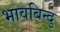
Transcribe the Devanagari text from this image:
भावबिन्दु